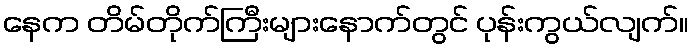
နေက တိမ်တိုက်ကြီးများနောက်တွင် ပုန်းကွယ်လျက်။